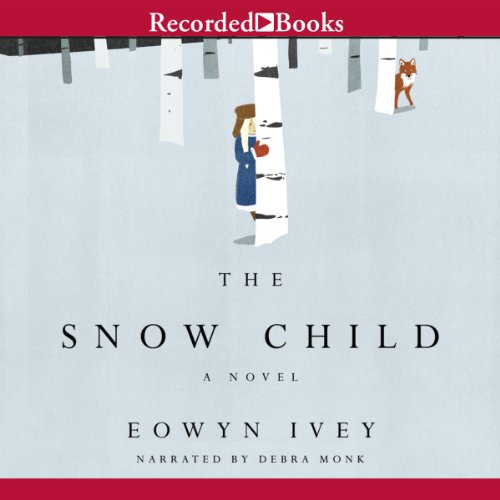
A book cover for The Snow Child; Eowyn Ivey; Literature & Fiction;